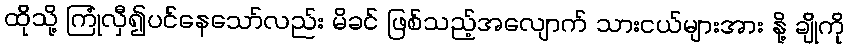
ထိုသို့ ကြုံလှီ၍ပင်နေသော်လည်း မိခင် ဖြစ်သည့်အလျောက် သားငယ်များအား နို့ ချိုကို